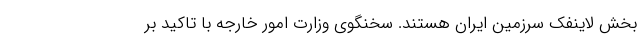
بخش لاینفک سرزمین ایران هستند. سخنگوی وزارت امور خارجه با تاکید بر